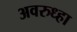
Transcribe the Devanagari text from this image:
अवरुध्हा